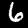
Digit: 6